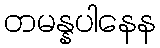
တမန္နပါနေန